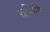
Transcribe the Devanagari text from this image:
स्रग्विणि